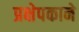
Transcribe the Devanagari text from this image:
प्रक्षेपकाने